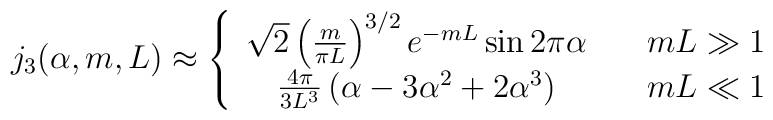
j_{3}(\alpha,m,L)\approx \left\{ \begin{array}{cc}\sqrt{2} \left(\frac{m}{\pi L}\right)^{3/2}e^{-mL}\sin 2\pi\alpha &\quad mL \gg 1 \\\frac{4\pi}{3 L^{3}} \left( \alpha -3\alpha^{2}+2\alpha^{3}\right) &\quad mL \ll 1  \end{array} \right.